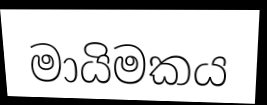
මායිමකය